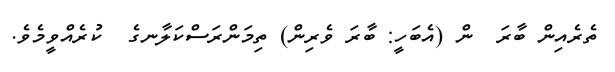
ތެރެއިން ބާރަ  ން (އެބަހީ: ބާރަ ވެރިން) ތިމަންރަސްކަލާނގެ  ކުރެއްވީމެވެ.